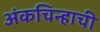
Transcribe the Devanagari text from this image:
अंकचिन्हाची